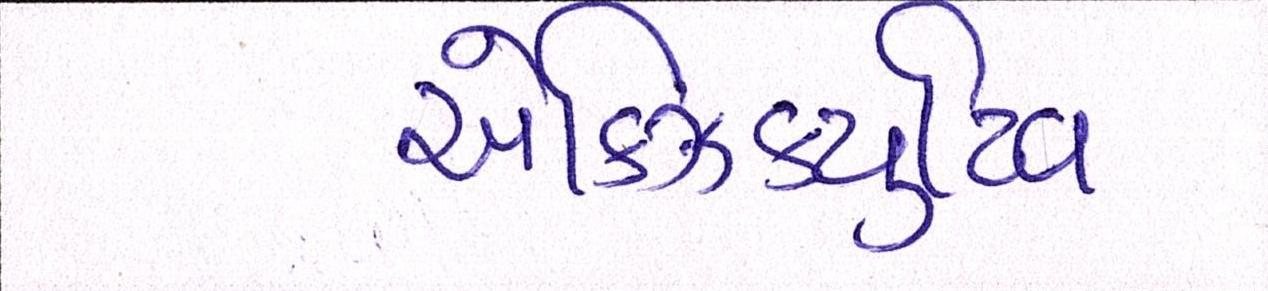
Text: એક્ઝિક્યુટિવ